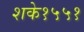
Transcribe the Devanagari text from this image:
शके१५५१